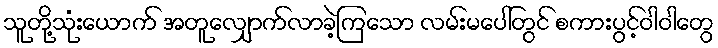
သူတို့သုံးယောက် အတူလျှောက်လာခဲ့ကြသော လမ်းမပေါ်တွင် စကားပွင့်ဝါဝါတွေ